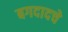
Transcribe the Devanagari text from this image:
बगदादचे